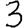
Digit: 3